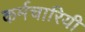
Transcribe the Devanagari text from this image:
कर्मचारियी